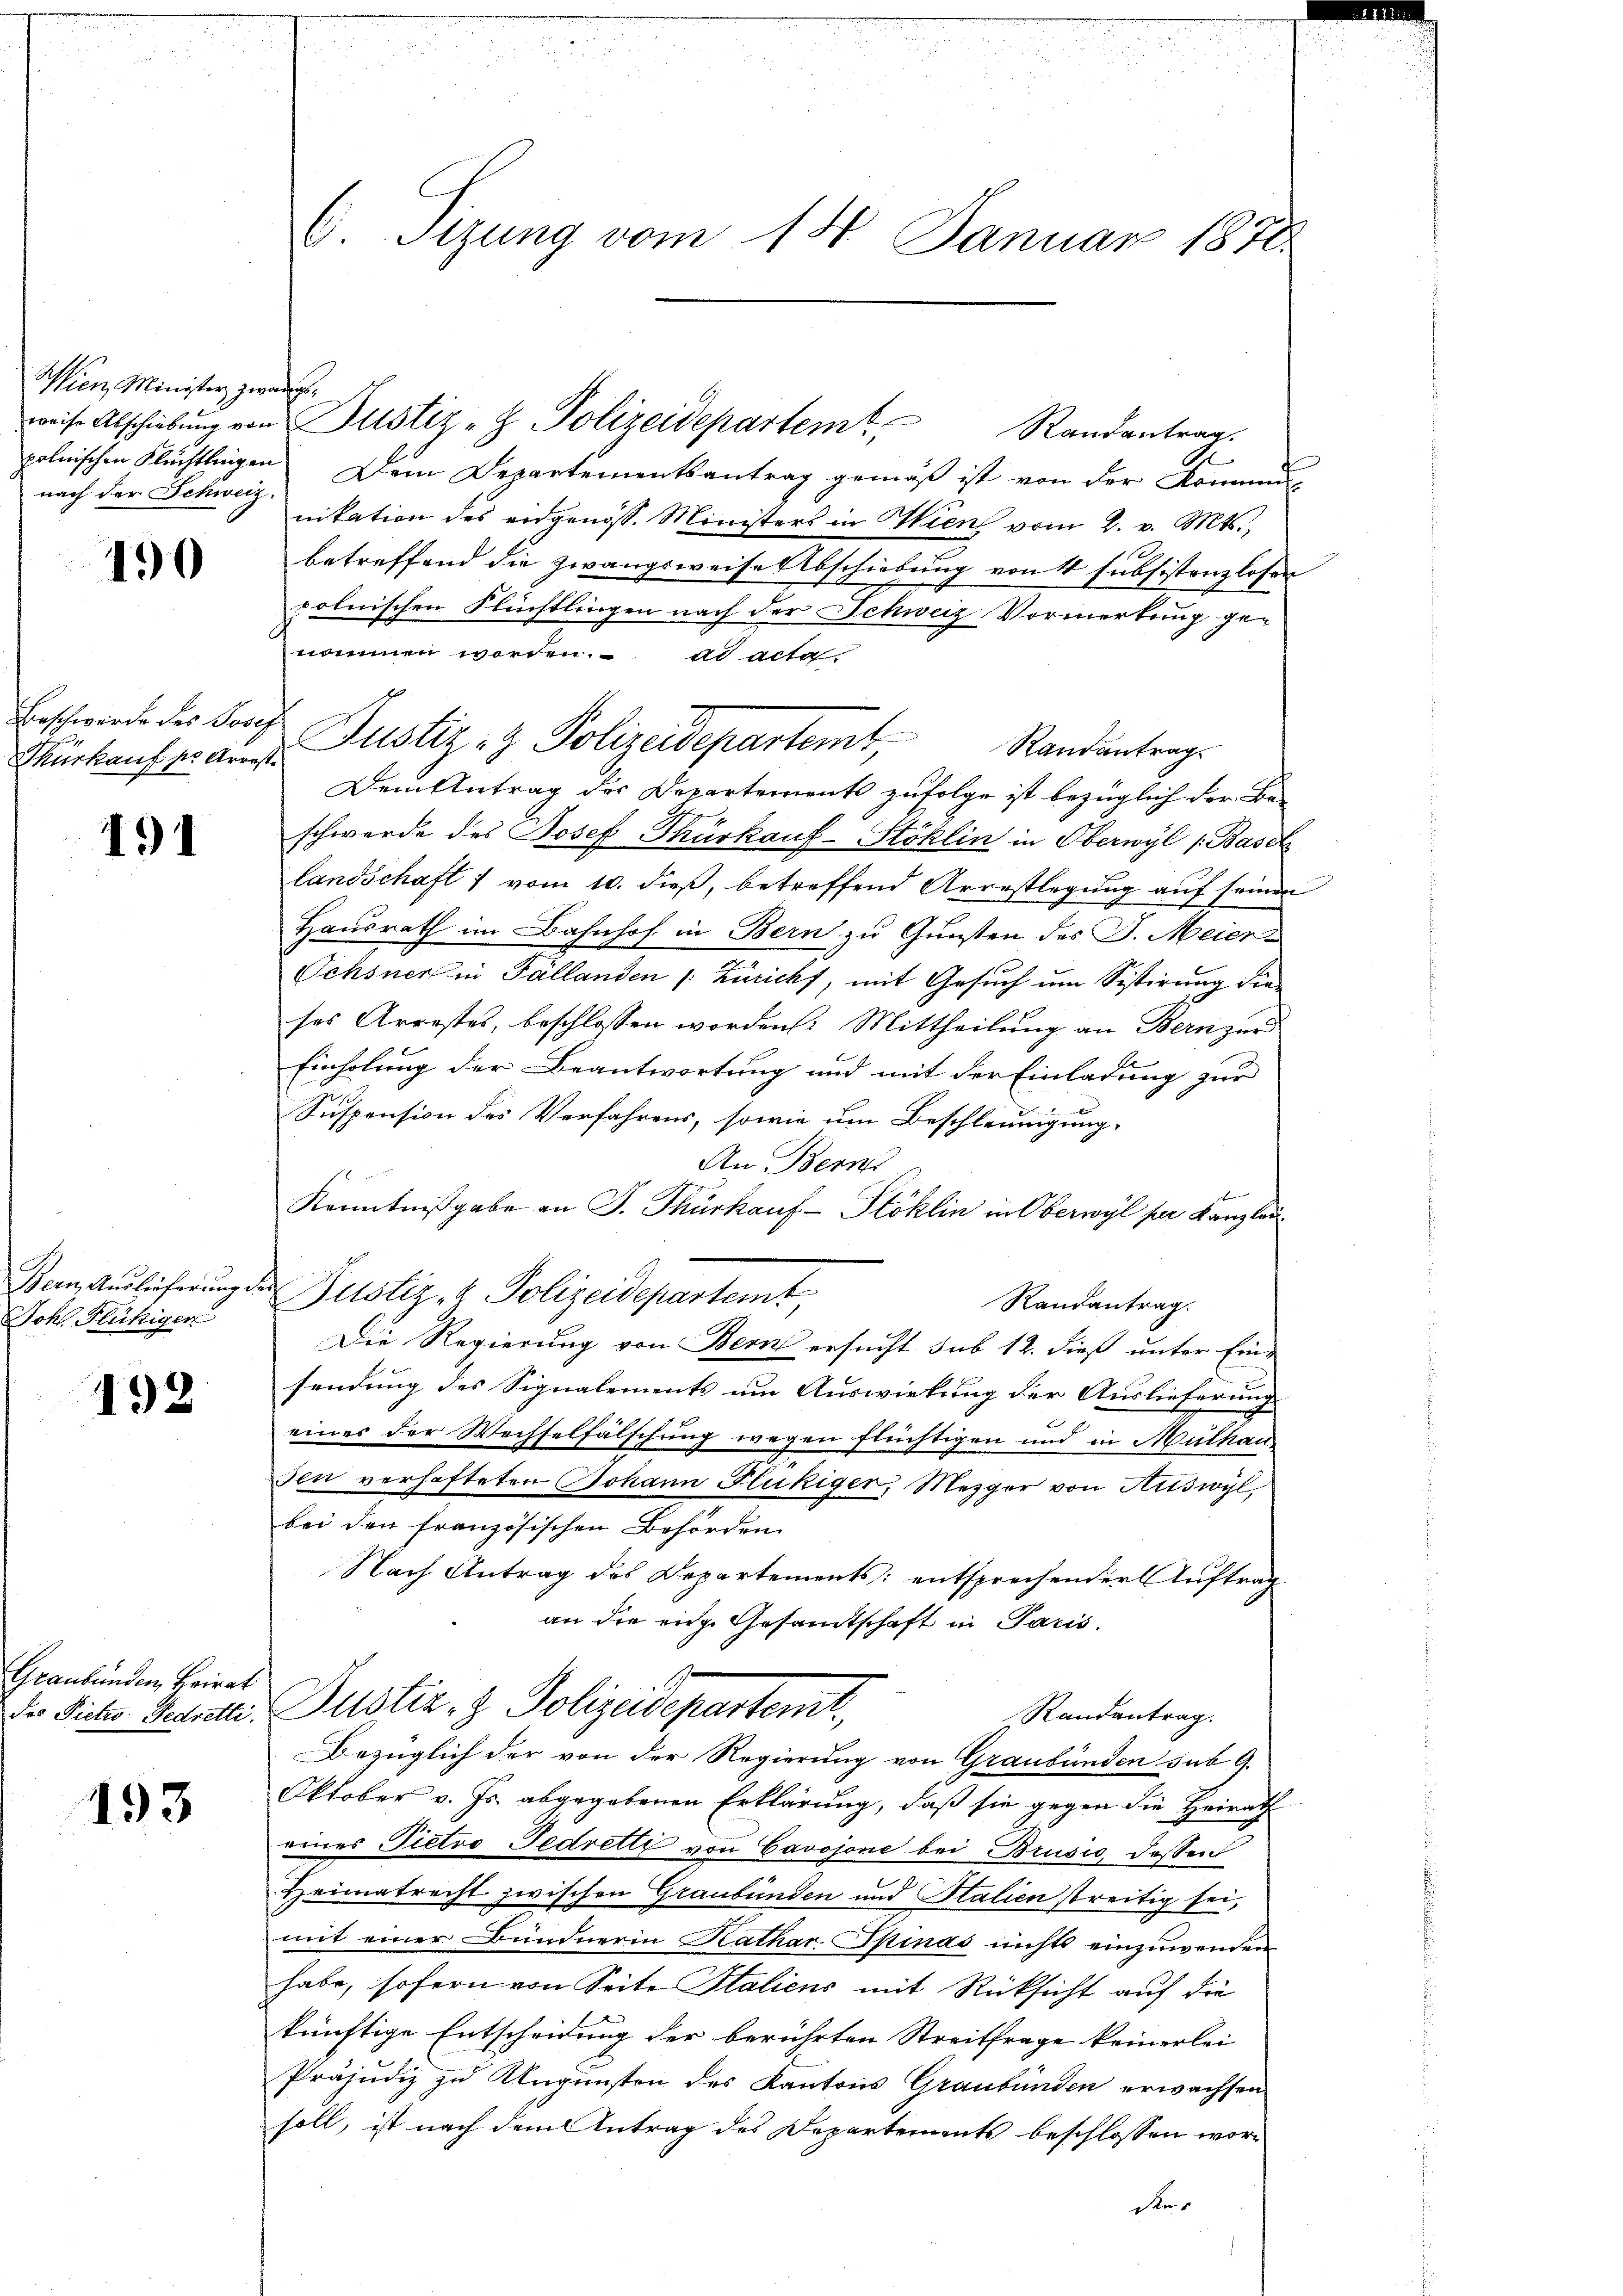
Wien, Minister zwangsnach der Schweiz.

190

Beschwerde des Josep
.

191

Bern, Auslieferung.
Johl. Fluhigen

192

Graubünden, Heirat

193

C. Sizung vom 14. Januar 1870

Randantrag.
polnischen Flüchtlingen. Dem Departementsantrag gemäß ist von der Kommen-
nikation des eidgenöss. Ministers in Wien vom 2. v. Mts.,
betreffend die Zwangsweise Abschiebung von 4 subsistenzlosen
polnischen Flüchtlingen nach der Schweiz Vormerkung genommen worden. ad acta.
Dem Antrag des Departements zufolge ist bezüglich der Beschwerde des Josef Thürkauf-Köklin in Oberwyl (Basel
landschaft 1 vom 10. dieß, betreffend Arrestlegung auf seinen
Hausrath im Bahnhof in Bern zu Gunsten des J. Meier¬
Ochsner in Fällanden /: Züricht, mit Gesuch um Sistirung die
ses Arrestes, beschlossen worden: Mittheilung an Bern zur
Einholung der Beantwortung und mit der Einladung zur
Suspension des Verfahrens, sowie um Beschleunigung,
An Bern
Kenntnißgabe an J. Thürkauf-Stöklin in Oberwyl pr Kanzlau
¬
Justiz- & Polizeidepartemt,
Randantrag.
Die Regierung von Bern ersucht sub 12. dieß unter Einsendung des Signalements um Auswirkung der Auslieferung
einer der Wechselfälschung wegen flüchtigen und in Mülhau
Den verhafteten Johann Flukiger, Mezger von Huswyl,
bei den französischen Behörden
Nach Antrag des Departements: entsprechender Auftrag
an die eige Gesandtschaft in Paris.
Der Sicher Gedrette Justiz- & Polizeidepartent
Randantrag.
Bezüglich der von der Regierung von Graubünden sub 9.
Oktober v. Js. abgegebenen Erklärung, daß sie gegen die Heirath
eines Pietro Gedretti von Cavojone bei Brusio dessen
Heimatrecht zwischen Graubünden und Stalien streitig sei,
mit einer Bündnerin Kathar. Spinas nichts einzuwenden
habe, sofern von Seite Staliens mit Rücksicht auf die
künftige Entscheidung der berührten Streitfrage keinerlei
Präjudiz zu Ungünsten des Kantons Graubünden erwachsen
soll, ist nach dem Antrag des Departements beschlossen worden

weise Abschiebung von Justiz- & Polizeidepartemt

Fürkauftrauer Justiz- & Polizeidepartemt, Randantrags